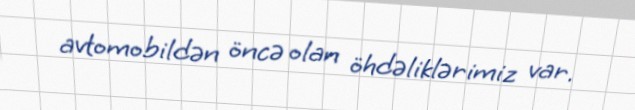
avtomobildən öncə olan öhdəliklərimiz var.